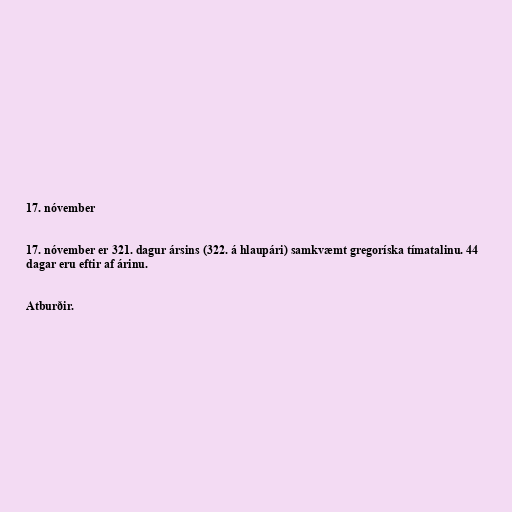
17. nóvember

17. nóvember er 321. dagur ársins (322. á hlaupári) samkvæmt gregoríska tímatalinu. 44
dagar eru eftir af árinu.

Atburðir.